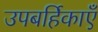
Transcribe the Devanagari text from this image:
उपबर्हिकाएँ